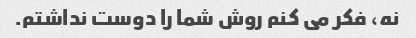
نه، فکر می کنم روش شما را دوست نداشتم.